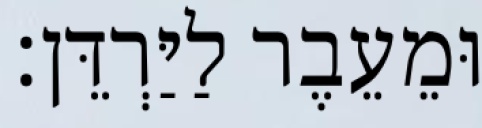
וּמֵעֵבֶר לַיַּרְדֵּן׃